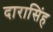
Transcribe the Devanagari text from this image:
दारासिंह